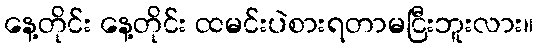
နေ့တိုင်း နေ့တိုင်း ထမင်းပဲစားရတာမငြီးဘူးလား။